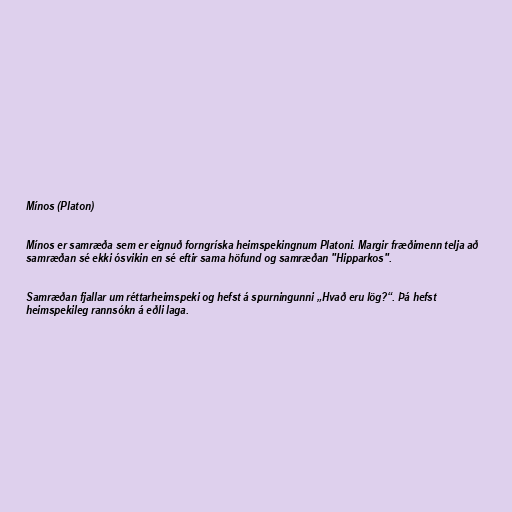
Mínos (Platon)

Mínos er samræða sem er eignuð forngríska heimspekingnum Platoni. Margir fræðimenn telja að
samræðan sé ekki ósvikin en sé eftir sama höfund og samræðan "Hipparkos".

Samræðan fjallar um réttarheimspeki og hefst á spurningunni „Hvað eru lög?“. Þá hefst
heimspekileg rannsókn á eðli laga.